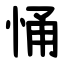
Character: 悀